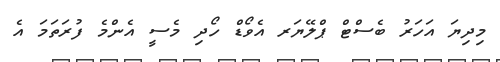
މިދިޔަ އަހަރު ބެސްޓް ޕްލޭޔަރ އެވޯޑް ހޯދި މެސީ އެންމެ ފުރަތަމަ އެ